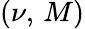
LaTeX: (\nu,\, M)